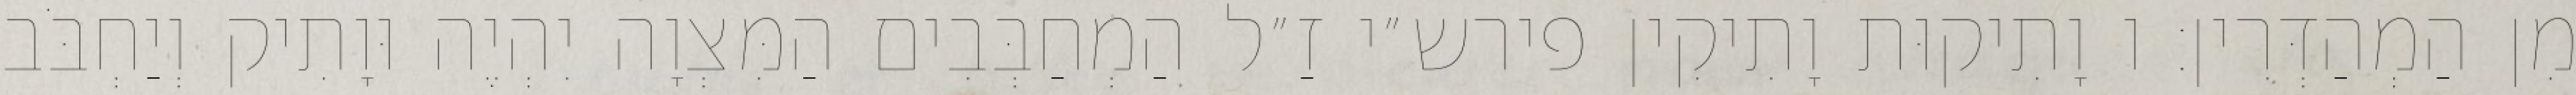
מִן הַמְהַדְּרִין: ו וָתִיקוּת וָתִיקִין פירש״י זַ״ל הַמְחַבְּבִים הַמִּצְוָה יִהְיֶה וּוָתִיק וְיַחְבֹּב